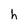
Character: h